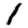
Digit: 1